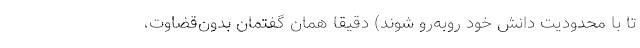
تا با محدودیت دانش خود روبه‌رو شوند) دقیقاً همان گفتمان بدون‌قضاوت،